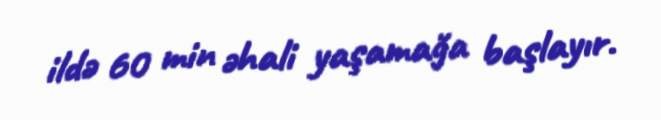
ildə 60 min əhali yaşamağa başlayır.